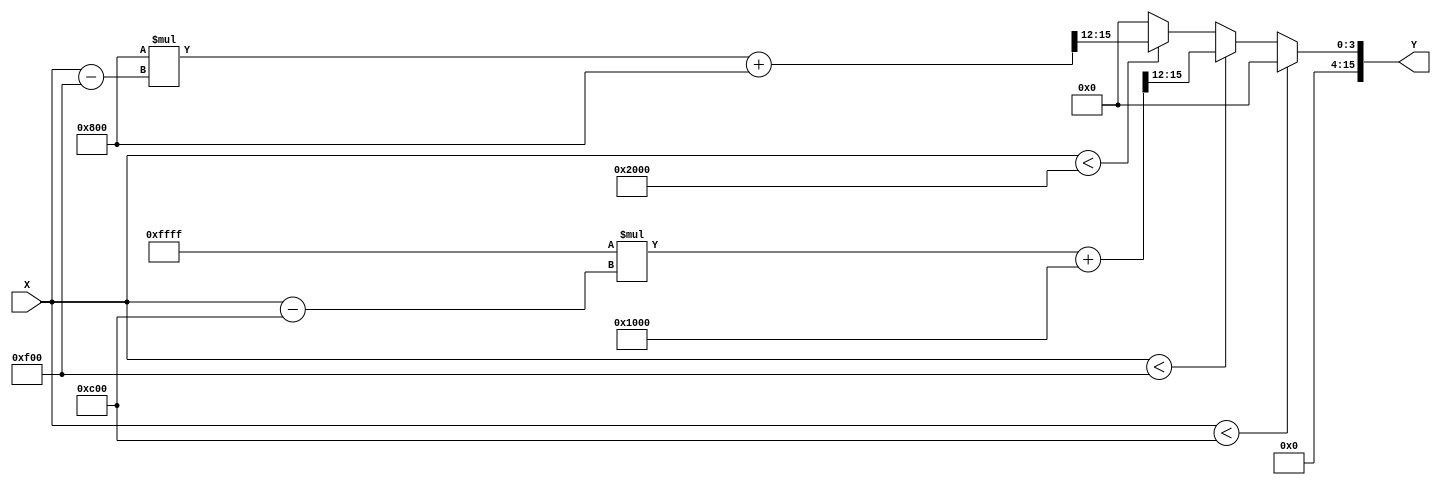
module PLA_Reciprocal (
    input  wire [15:0] X, // Fixed-point input (0 to 2.0)
    output reg  [15:0] Y  // Fixed-point output (reciprocal of X)
);

// Breakpoints and coefficients for segments
// Example: For segment [1.0, 2.0] we create two segments: [1.0, 1.5] and [1.5, 2.0]
localparam [15:0] bp_1 = 16'h0C00; // 1.0 in fixed point (assuming 16-bit value)
localparam [15:0] bp_2 = 16'h0F00; // 1.5 in fixed point (assuming 16-bit value)
localparam [15:0] bp_3 = 16'h2000; // 2.0 in fixed point (assuming 16-bit value)

localparam [15:0] m1 = 16'hFFFF; // Slope for segment [1.0, 1.5]
localparam [15:0] b1 = 16'h1000; // Intercept for segment [1.0, 1.5]
localparam [15:0] m2 = 16'h800; // Slope for segment [1.5, 2.0]
localparam [15:0] b2 = 16'h800; // Intercept for segment [1.5, 2.0]

// Internal signal for determining segment
reg [1:0] segment;

always @* begin
    // Default output
    Y = 16'h0;

    // Determine segment based on input X
    if (X < bp_1) begin
        // Handle case for X < 1.0, can be an error or set to max
        Y = 16'h0; // Error case, as reciprocal is undefined.
    end else if (X < bp_2) begin
        // Segment [1.0, 1.5]
        segment = 2'b00;
        // Linear interpolation: Y = m1 * (X - bp_1) + b1
        Y = (m1 * (X - bp_1) + b1) >>> 12; // Shift for fixed-point scaling
    end else if (X < bp_3) begin
        // Segment [1.5, 2.0]
        segment = 2'b01;
        // Linear interpolation: Y = m2 * (X - bp_2) + b2
        Y = (m2 * (X - bp_2) + b2) >>> 12; // Shift for fixed-point scaling
    end else begin
        // Handle case for X > 2.0, can be an error or set to min
        Y = 16'h0; // Error case, as reciprocal is undefined.
    end
end

endmodule